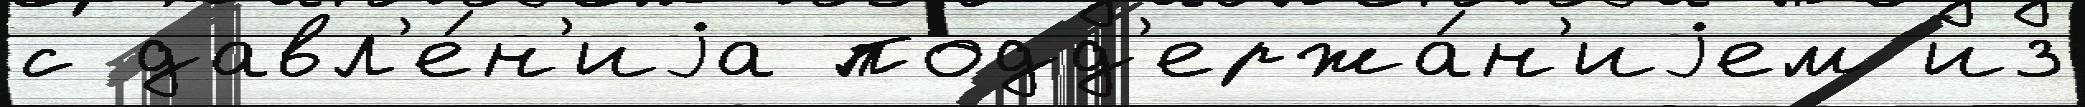
с давл'е́н'иjа подд'ержа́н'иjем из